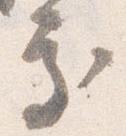
処